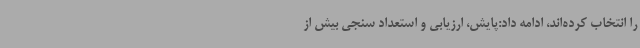
را انتخاب کرده‌اند، ادامه داد:پایش، ارزیابی و استعداد سنجی بیش از